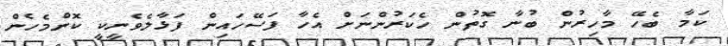
ކަމާ ބެހޭ މާހިރުން ބުނާ ގޮތުން ހެކަރުންނަށް އެހާ ފަސޭހައިން ފަޅާލެވެނީކީ ކޮންމެހެން